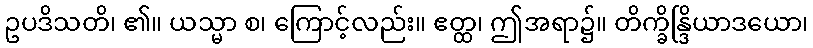
ဥပဒိသတိ၊ ၏။ ယသ္မာ စ၊ ကြောင့်လည်း။ ဧတ္ထ၊ ဤအရာ၌။ တိက္ခိန္ဒြိယာဒယော၊